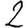
Digit: 2